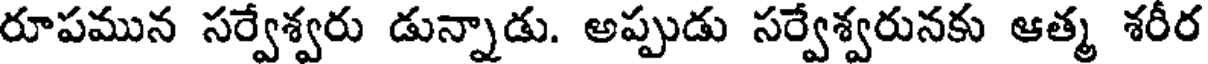
రూపమున సర్వేశ్వరు డున్నాడు. అప్పుడు సర్వేశ్వరునకు ఆత్మ శరీర